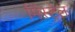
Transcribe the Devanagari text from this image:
मिंस्ट्रेल